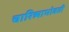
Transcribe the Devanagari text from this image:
चारित्र्याभोवती